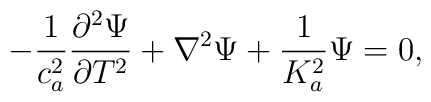
-\frac{1}{c_a^2}\frac{\partial^2 \Psi}{\partial T^2}+\nabla^2\Psi +\frac{1}{K_a^2}\Psi=0.